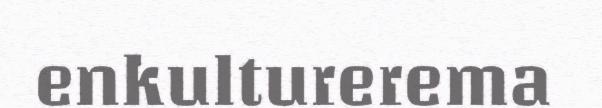
enkulturerema